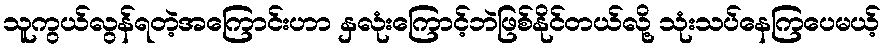
သူကွယ်လွန်ရတဲ့အကြောင်းဟာ နှလုံးကြောင့်ဘဲဖြစ်နိုင်တယ်လို့ သုံးသပ်နေကြပေမယ့်